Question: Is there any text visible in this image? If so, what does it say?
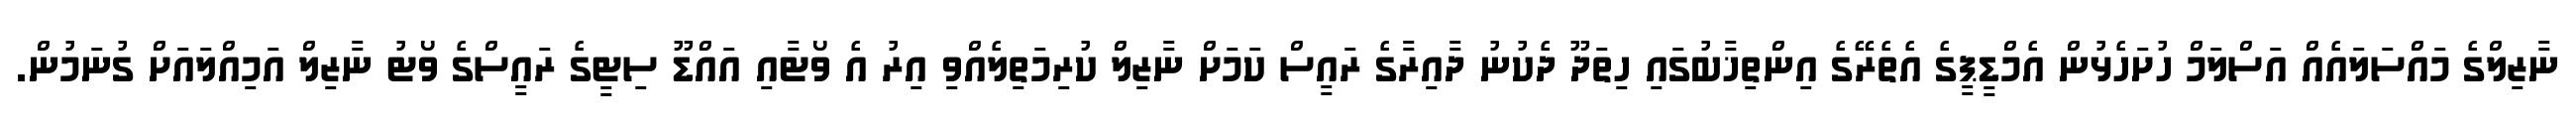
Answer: ނާޒިލްގެ މައްސަލައެއް އަސްލަމް ހުށަހެޅުން އެމްޑީޕީގެ އެތެރޭގެ އިންތިޚާބުގައި ހިތަދޫ ދެކުނު ދާއިރާގެ ރައީސް ކަމަށް ނާޒިލް ކުރިމަތިލެއްވި އިރު އެ ވޯޓާއި އައްޑޫ ސިޓީގެ ރައީސްގެ ވޯޓު ނާޒިލް އަމިއްލައަށް ގުނަމުން.